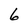
Character: 6